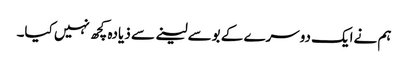
ہم نےایک دوسرے کے بوسےلینے سے ذیادہ کچھ نہیں کیا۔